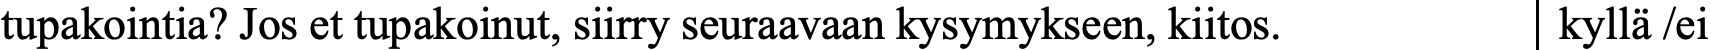
tupakointia? Jos et tupakoinut, siirry seuraavaan kysymykseen, kiitos. kyllä /ei